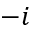
- i